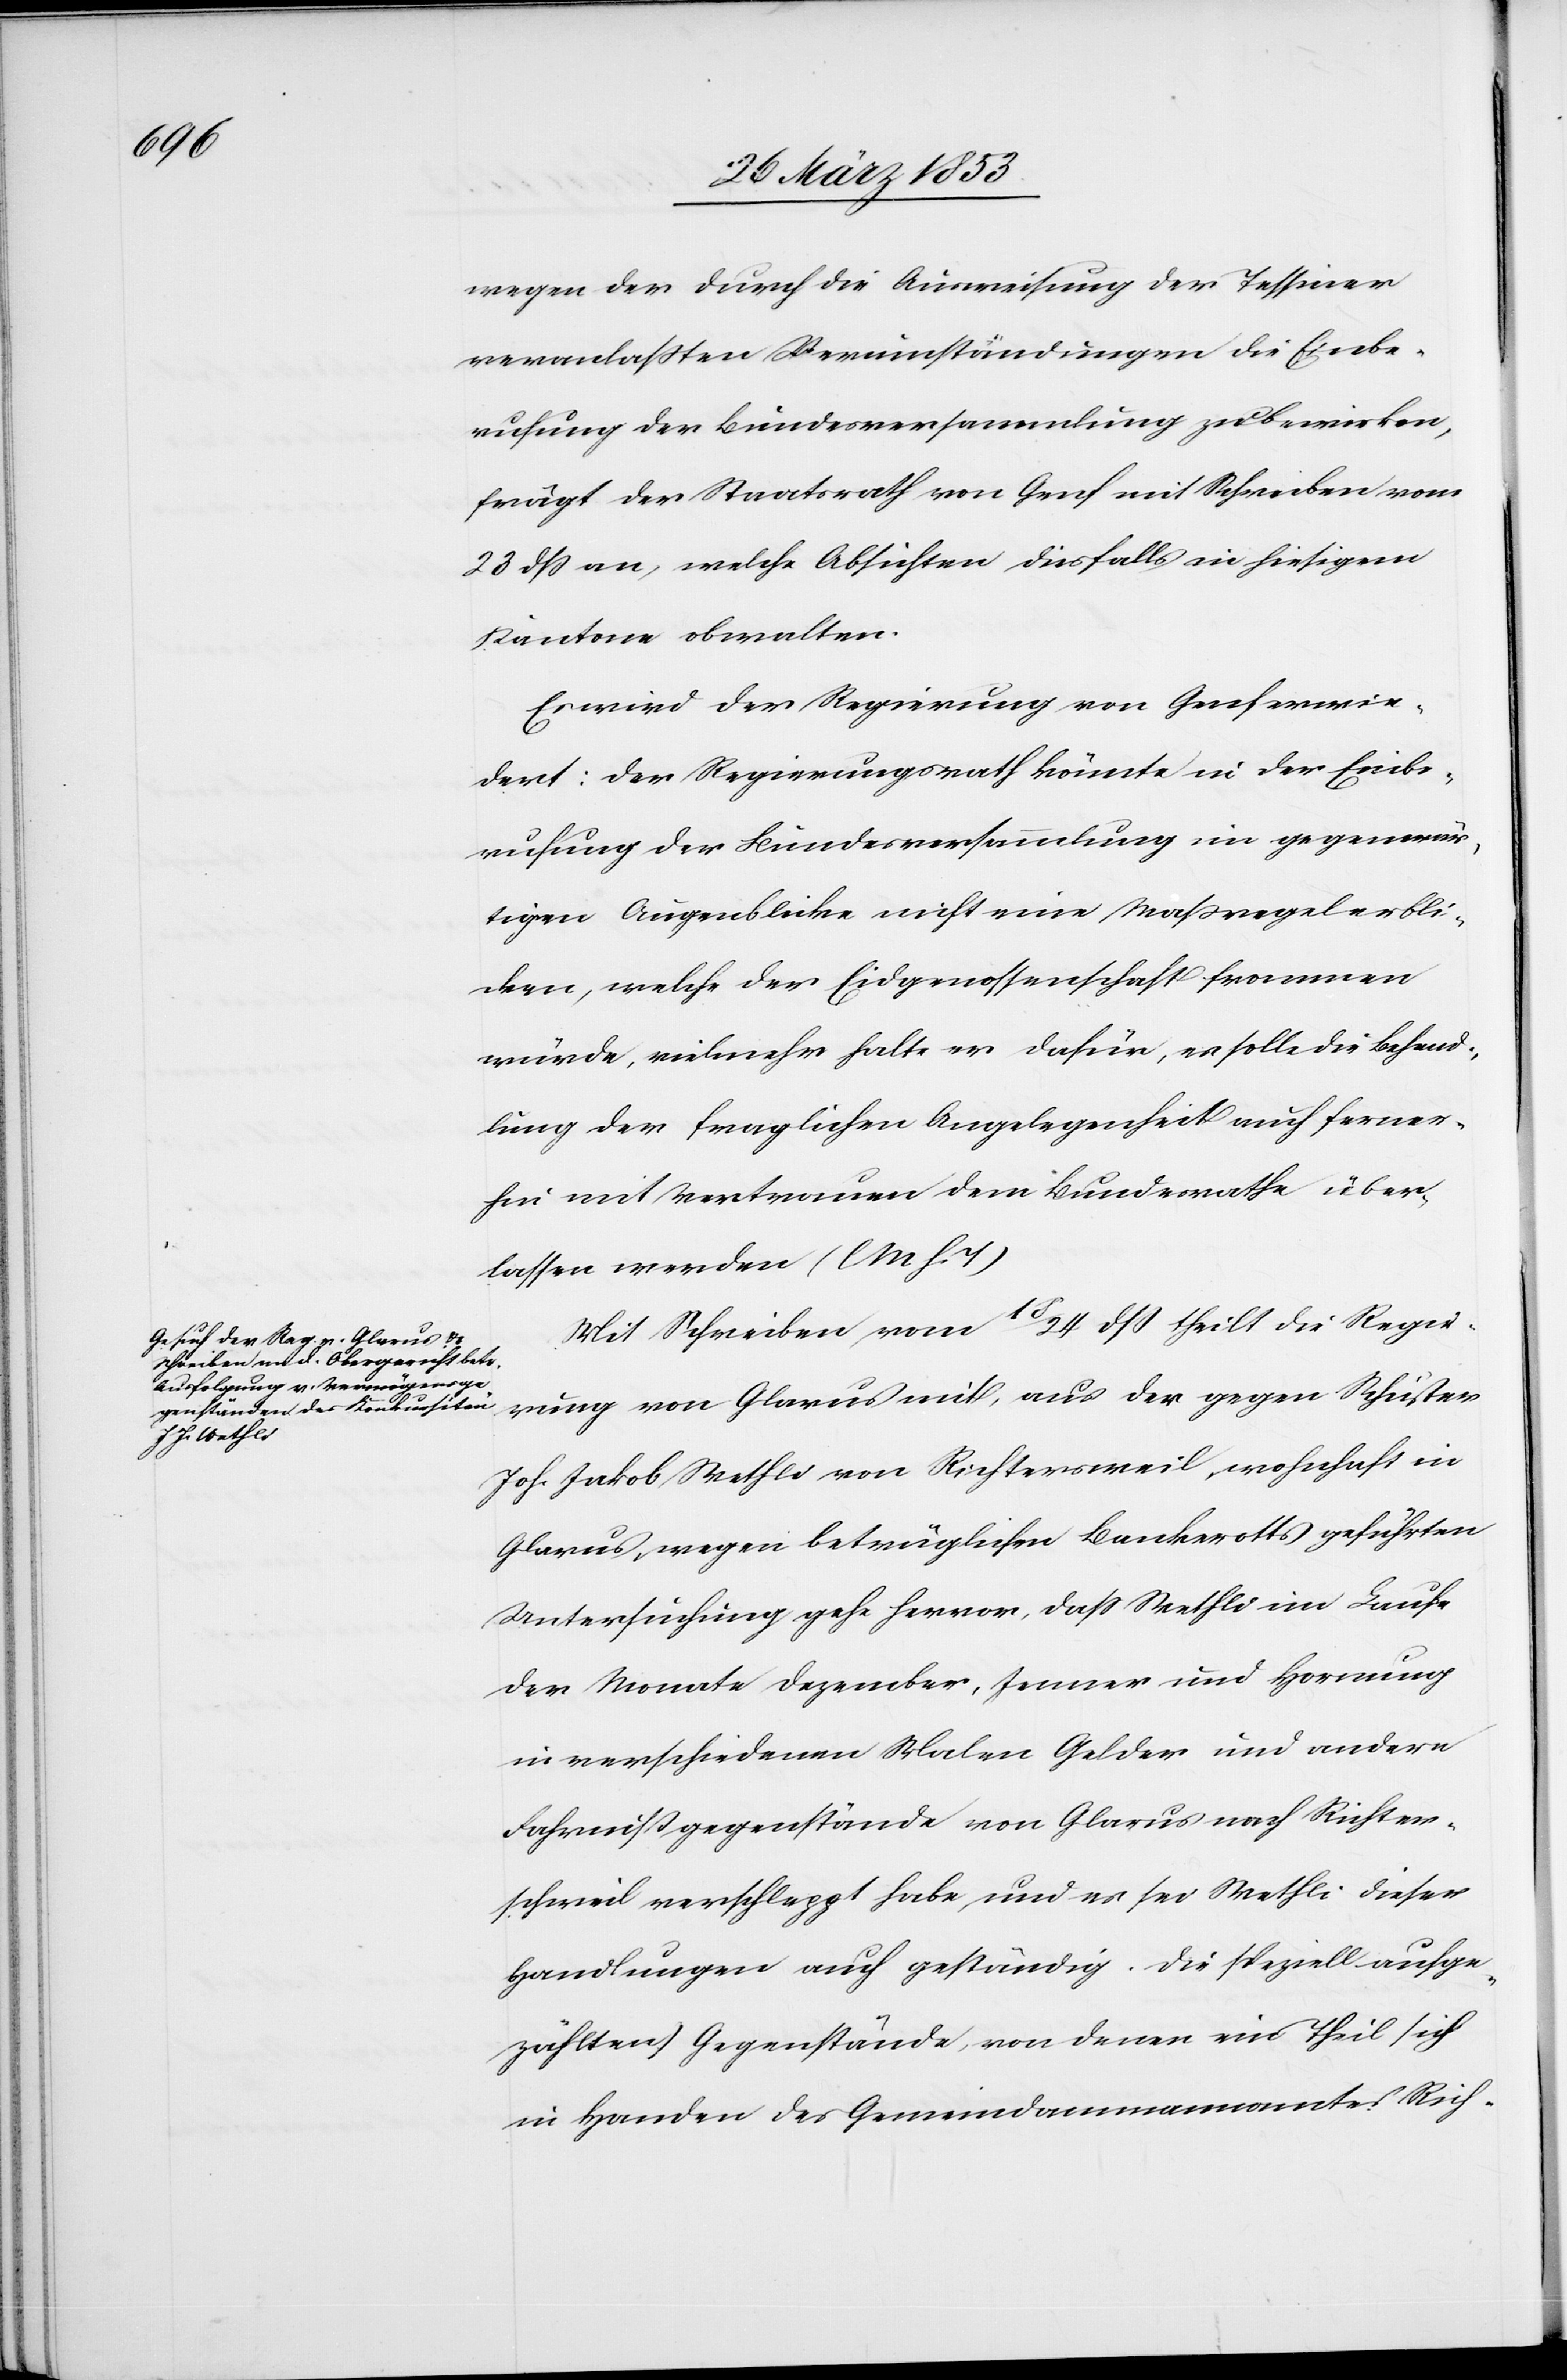
wegen der durch die Ausweisung der Tessiner
veranlaßten Verumständungen die Einbe¬
rufung der Bundesversammlung zu bewirken,
frägt der Staatsrath von Genf mit Schreiben vom
23 dß an, welche Absichten diesfalls in hiesigem
Kantone obwalten.
Es wird der Regierung von Genf erwie¬
dert: Der Regierungsrath könnte in der Einbe¬
rufung der Bundesversammlung im gegenwär¬
tigen Augenblicke nicht eine Maßregel erbli¬
cken, welche der Eidgenossenschaft frommen
würde, vielmehr halte er dafür, es solle die Behand¬
lung der fraglichen Angelegenheit auch ferner¬
hin mit Vertrauen dem Bundesrathe über¬
lassen werden. [l. M. h. T]
Mit Schreiben vom 18/24 dß theilt die Regie¬
rung von Glarus mit, aus der gegen Schuster
Joh. Jakob Wethli von Richterschweil, wohnhaft in
Glarus, wegen betrüglichen Bankrotts geführten
Untersuchung gehe hervor, daß Wethli im Laufe
der Monate Dezember, Jenner und Hornung
in verschiedenen Malen Gelder und andere
Fahrnißgegenstände von Glarus nach Richter¬
schweil verschleppt habe, und es sei Wethli dieser
Handlungen auch geständig. Die speziell aufge¬
zählten Gegenstände, von denen ein Theil sich
in Handen des Gemeindammannamtes Rich-